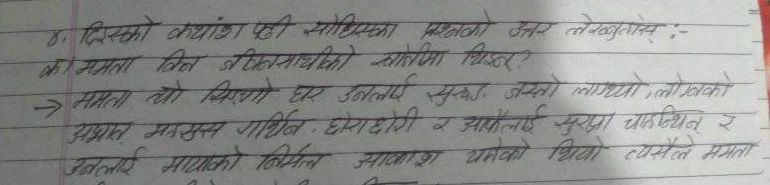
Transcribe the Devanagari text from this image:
४. दिएको कथांश पछि सोधिएका प्रश्नको उत्तर लेख्नुहोस् :-
को ममता बिन जीवनसाथीको साथैमा थिइन्?
→ ममता त्यो बिग्रिएको घर उनलाई सुखड जस्तो लाग्यो तोडफोड़को
अभावमा महसुस गरिन् । छोराछोरी र आफूलाई सुरक्षा चाहन्थिन् र
उनलाई मायाको न्यानो आश्रय यमेको थियो त्यसैले ममता